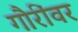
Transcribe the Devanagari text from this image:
गौरींवर